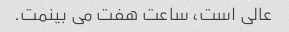
عالی است، ساعت هفت می بینمت.